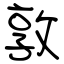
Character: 敦